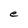
Character: e